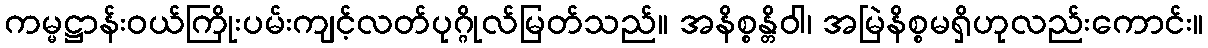
ကမ္မဋ္ဌာန်းဝယ်ကြိုးပမ်းကျင့်လတ်ပုဂ္ဂိုလ်မြတ်သည်။ အနိစ္စန္တိဝါ၊ အမြဲနိစ္စမရှိဟုလည်းကောင်း။